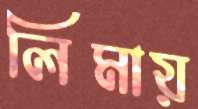
লিমায়